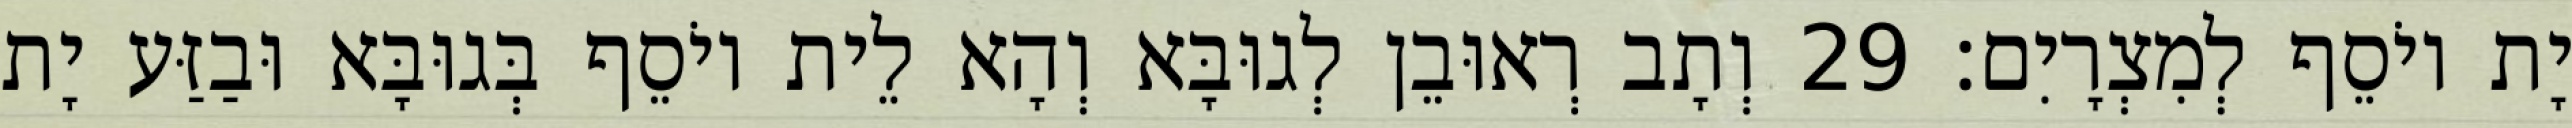
יָת יוֹסֵף לְמִצְרָיִם׃ 29 וְתָב רְאוּבֵן לְגוּבָּא וְהָא לֵית יוֹסֵף בְּגוּבָּא וּבַזַּע יָת